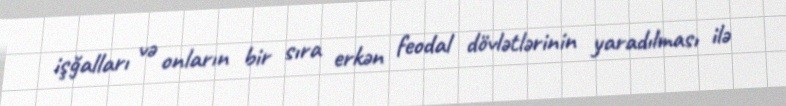
işğalları və onların bir sıra erkən feodal dövlətlərinin yaradılması ilə